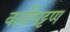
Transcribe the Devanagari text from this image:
वलीपट्टण